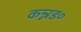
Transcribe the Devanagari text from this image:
कन्नड०